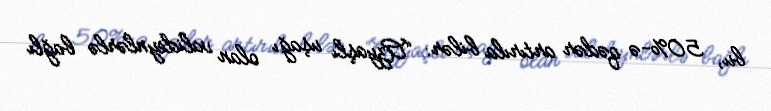
bu, 50%-ə qədər artırıla bilər: “Azyaşlı uşağı olan valideynlərlə bağlı